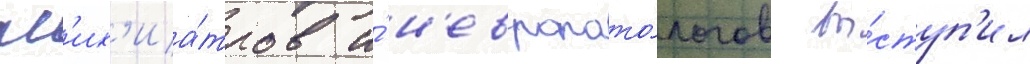
пс'их'иа́тров и́ н'европато́логов вы́ступ'ил